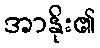
အာနိုး၏